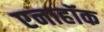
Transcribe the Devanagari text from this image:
एनाहॉक